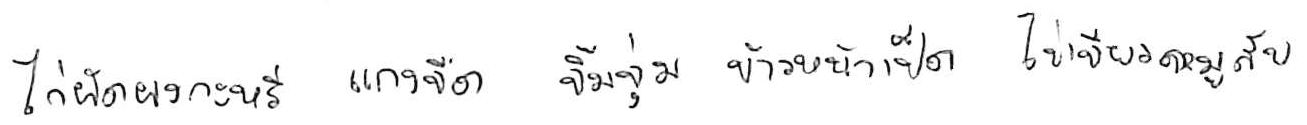
ไก่ผัดผงกะหรี่ แกงจืด จิ้มจุ่ม ข้าวหน้าเป็ด ไข่เจียวหมูสับ